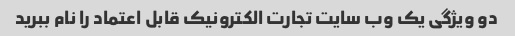
دو ویژگی یک وب سایت تجارت الکترونیک قابل اعتماد را نام ببرید